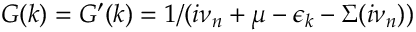
G ( k ) = G ^ { \prime } ( k ) = 1 / ( i \nu _ { n } + \mu - \epsilon _ { k } - \Sigma ( i \nu _ { n } ) )